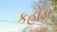
કહોડા